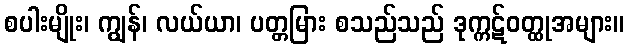
စပါးမျိုး၊ ကျွန်၊ လယ်ယာ၊ ပတ္တမြား စသည်သည် ဒုက္ကဋ်ဝတ္ထုအများ။